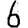
Digit: 6